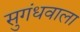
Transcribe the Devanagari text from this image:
सुगंधवाला